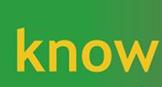
know